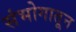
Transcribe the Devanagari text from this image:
संभोगातून